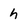
Character: h